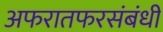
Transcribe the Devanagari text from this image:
अफरातफरसंबंधी